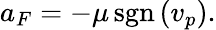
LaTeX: a_{F}=-\mu\operatorname{sgn}{}(v_{p}).